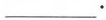
___.